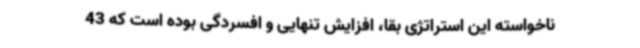
ناخواسته این استراتژی بقا، افزایش تنهایی و افسردگی بوده است که 43